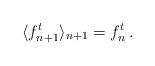
LaTeX: \begin{align*} \langle f_{n+1}^t \rangle_{n+1}=f_n^t\, .\end{align*}